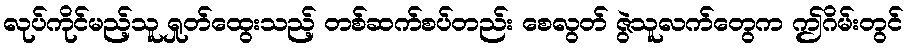
လုပ်ကိုင်မည့်သူ ရှုတ်ထွေးသည့် တစ်ဆက်စပ်တည်း စေလွတ် ဇွဲသူလက်တွေက ဤဂိမ်းတွင်